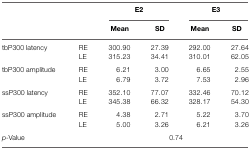
<table><thead><tr><td></td><td></td><td colspan="2"><b>E2</b></td><td colspan="2"><b>E3</b></td></tr><tr><td></td><td></td><td><b>Mean</b></td><td><b>SD</b></td><td><b>Mean</b></td><td><b>SD</b></td></tr></thead><tbody><tr><td>tbP300 latency</td><td>RE</td><td>300.90</td><td>27.39</td><td>292.00</td><td>27.64</td></tr><tr><td></td><td>LE</td><td>315.23</td><td>34.41</td><td>310.01</td><td>62.05</td></tr><tr><td>tbP300 amplitude</td><td>RE</td><td>6.21</td><td>3.00</td><td>6.65</td><td>2.55</td></tr><tr><td></td><td>LE</td><td>6.79</td><td>3.72</td><td>7.53</td><td>2.96</td></tr><tr><td>ssP300 latency</td><td>RE</td><td>352.10</td><td>77.07</td><td>332.46</td><td>70.12</td></tr><tr><td></td><td>LE</td><td>345.38</td><td>66.32</td><td>328.17</td><td>54.30</td></tr><tr><td>ssP300 amplitude</td><td>RE</td><td>4.38</td><td>2.71</td><td>5.22</td><td>3.70</td></tr><tr><td></td><td>LE</td><td>5.00</td><td>3.26</td><td>6.21</td><td>3.26</td></tr><tr><td><i>p</i>-Value</td><td></td><td colspan="4">0.74</td></tr></tbody></table>